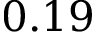
0 . 1 9